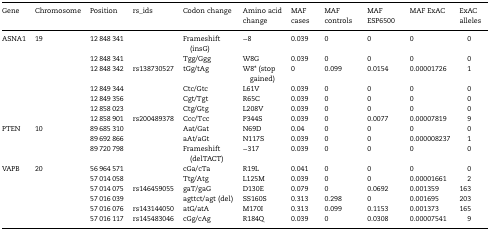
<table><thead><tr><td><b>Gene</b></td><td><b>Chromosome</b></td><td><b>Position</b></td><td><b>rs_ids</b></td><td><b>Codon change</b></td><td><b>Amino acid change</b></td><td><b>MAF cases</b></td><td><b>MAF controls</b></td><td><b>MAF ESP6500</b></td><td><b>MAF ExAC</b></td><td><b>ExAC alleles</b></td></tr></thead><tbody><tr><td rowspan="7">ASNA1</td><td>19</td><td>12 848 341</td><td></td><td>Frameshift (insG)</td><td>−8</td><td>0.039</td><td>0</td><td>0</td><td>0</td><td>0</td></tr><tr><td></td><td>12 848 341</td><td></td><td>Tgg/Ggg</td><td>W8G</td><td>0.039</td><td>0</td><td>0</td><td>0</td><td>0</td></tr><tr><td></td><td>12 848 342</td><td>rs138730527</td><td>tGg/tAg</td><td>W8* (stop gained)</td><td>0</td><td>0.099</td><td>0.0154</td><td>0.00001726</td><td>1</td></tr><tr><td></td><td>12 849 344</td><td></td><td>Ctc/Gtc</td><td>L61V</td><td>0.039</td><td>0</td><td>0</td><td>0</td><td>0</td></tr><tr><td></td><td>12 849 356</td><td></td><td>Cgt/Tgt</td><td>R65C</td><td>0.039</td><td>0</td><td>0</td><td>0</td><td>0</td></tr><tr><td></td><td>12 858 023</td><td></td><td>Ctg/Gtg</td><td>L208V</td><td>0.039</td><td>0</td><td>0</td><td>0</td><td>0</td></tr><tr><td></td><td>12 858 901</td><td>rs200489378</td><td>Ccc/Tcc</td><td>P344S</td><td>0.039</td><td>0</td><td>0.0077</td><td>0.00007819</td><td>9</td></tr><tr><td rowspan="3">PTEN</td><td>10</td><td>89 685 310</td><td></td><td>Aat/Gat</td><td>N69D</td><td>0.04</td><td>0</td><td>0</td><td>0</td><td>0</td></tr><tr><td></td><td>89 692 866</td><td></td><td>aAt/aGt</td><td>N117S</td><td>0.039</td><td>0</td><td>0</td><td>0.000008237</td><td>1</td></tr><tr><td></td><td>89 720 798</td><td></td><td>Frameshift (delTACT)</td><td>−317</td><td>0.039</td><td>0</td><td>0</td><td>0</td><td>0</td></tr><tr><td rowspan="6">VAPB</td><td>20</td><td>56 964 571</td><td></td><td>cGa/cTa</td><td>R19L</td><td>0.041</td><td>0</td><td>0</td><td>0</td><td>0</td></tr><tr><td></td><td>57 014 058</td><td></td><td>Ttg/Atg</td><td>L125M</td><td>0.039</td><td>0</td><td>0</td><td>0.00001661</td><td>2</td></tr><tr><td></td><td>57 014 075</td><td>rs146459055</td><td>gaT/gaG</td><td>D130E</td><td>0.079</td><td>0</td><td>0.0692</td><td>0.001359</td><td>163</td></tr><tr><td></td><td>57 016 039</td><td></td><td>agttct/agt (del)</td><td>SS160S</td><td>0.313</td><td>0.298</td><td>0</td><td>0.001695</td><td>203</td></tr><tr><td></td><td>57 016 076</td><td>rs143144050</td><td>atG/atA</td><td>M170I</td><td>0.313</td><td>0.099</td><td>0.1153</td><td>0.001373</td><td>165</td></tr><tr><td></td><td>57 016 117</td><td>rs145483046</td><td>cGg/cAg</td><td>R184Q</td><td>0.039</td><td>0</td><td>0.0308</td><td>0.00007541</td><td>9</td></tr></tbody></table>